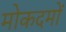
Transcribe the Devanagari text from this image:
मोकदमों